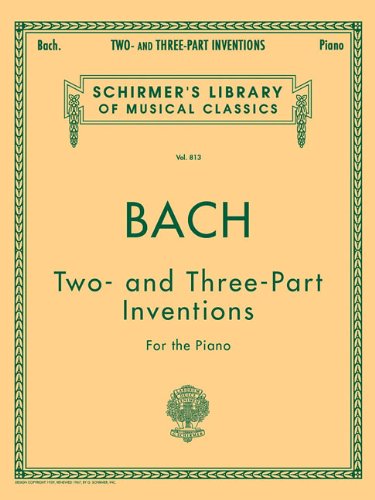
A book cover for Two- and Three-Part Inventions: Piano Solo; Humor & Entertainment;